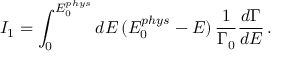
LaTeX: I _ { 1 } = \int _ { 0 } ^ { E _ { 0 } ^ { p h y s } } d E \, ( E _ { 0 } ^ { p h y s } - E ) \, \frac { 1 } { \Gamma _ { 0 } } \frac { d \Gamma } { d E } \, .